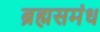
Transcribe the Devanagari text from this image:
ब्रह्मसमंध